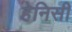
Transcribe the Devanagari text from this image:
हेनिसी